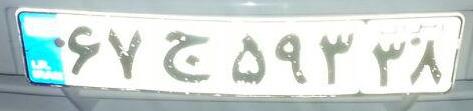
۶۷ج۵۹۳۳۸